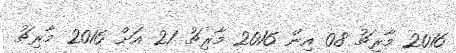
2016 މާރިޗު 08 އިން 2016 މާރިޗު 21 އަށް 2016 މާރިޗު